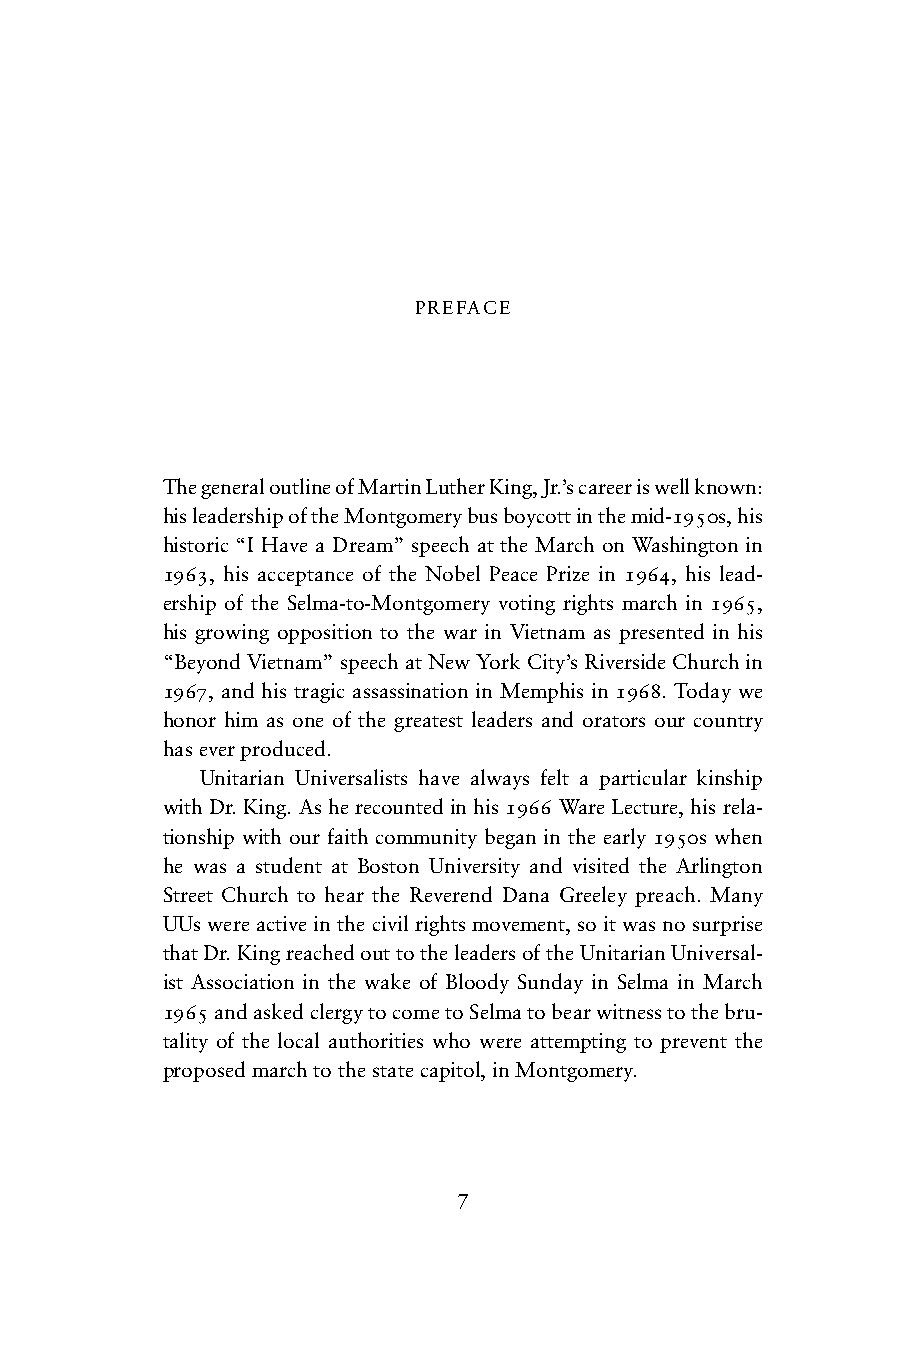
PREFACE
 The general outline of Martin Luther King, Jr.’s career is well known:
 his leadership of the Montgomery bus boycott in the mid-1950s, his
 historic “I Have a Dream” speech at the March on Washington in
 1963, his acceptance of the Nobel Peace Prize in 1964, his lead-
 ership of the Selma-to-Montgomery voting rights march in 1965,
 his growing opposition to the war in Vietnam as presented in his
 “Beyond Vietnam” speech at New York City’s Riverside Church in
 1967, and his tragic assassination in Memphis in 1968. Today we
 honor him as one of the greatest leaders and orators our country
 has ever produced.
 Unitarian Universalists have always felt a particular kinship
 with Dr. King. As he recounted in his 1966 Ware Lecture, his rela-
 tionship with our faith community began in the early 1950s when
 he was a student at Boston University and visited the Arlington
 Street Church to hear the Reverend Dana Greeley preach. Many
 UUs were active in the civil rights movement, so it was no surprise
 that Dr. King reached out to the leaders of the Unitarian Universal-
 ist Association in the wake of Bloody Sunday in Selma in March
 1965 and asked clergy to come to Selma to bear witness to the bru-
 tality of the local authorities who were attempting to prevent the
 proposed march to the state capitol, in Montgomery.
 7